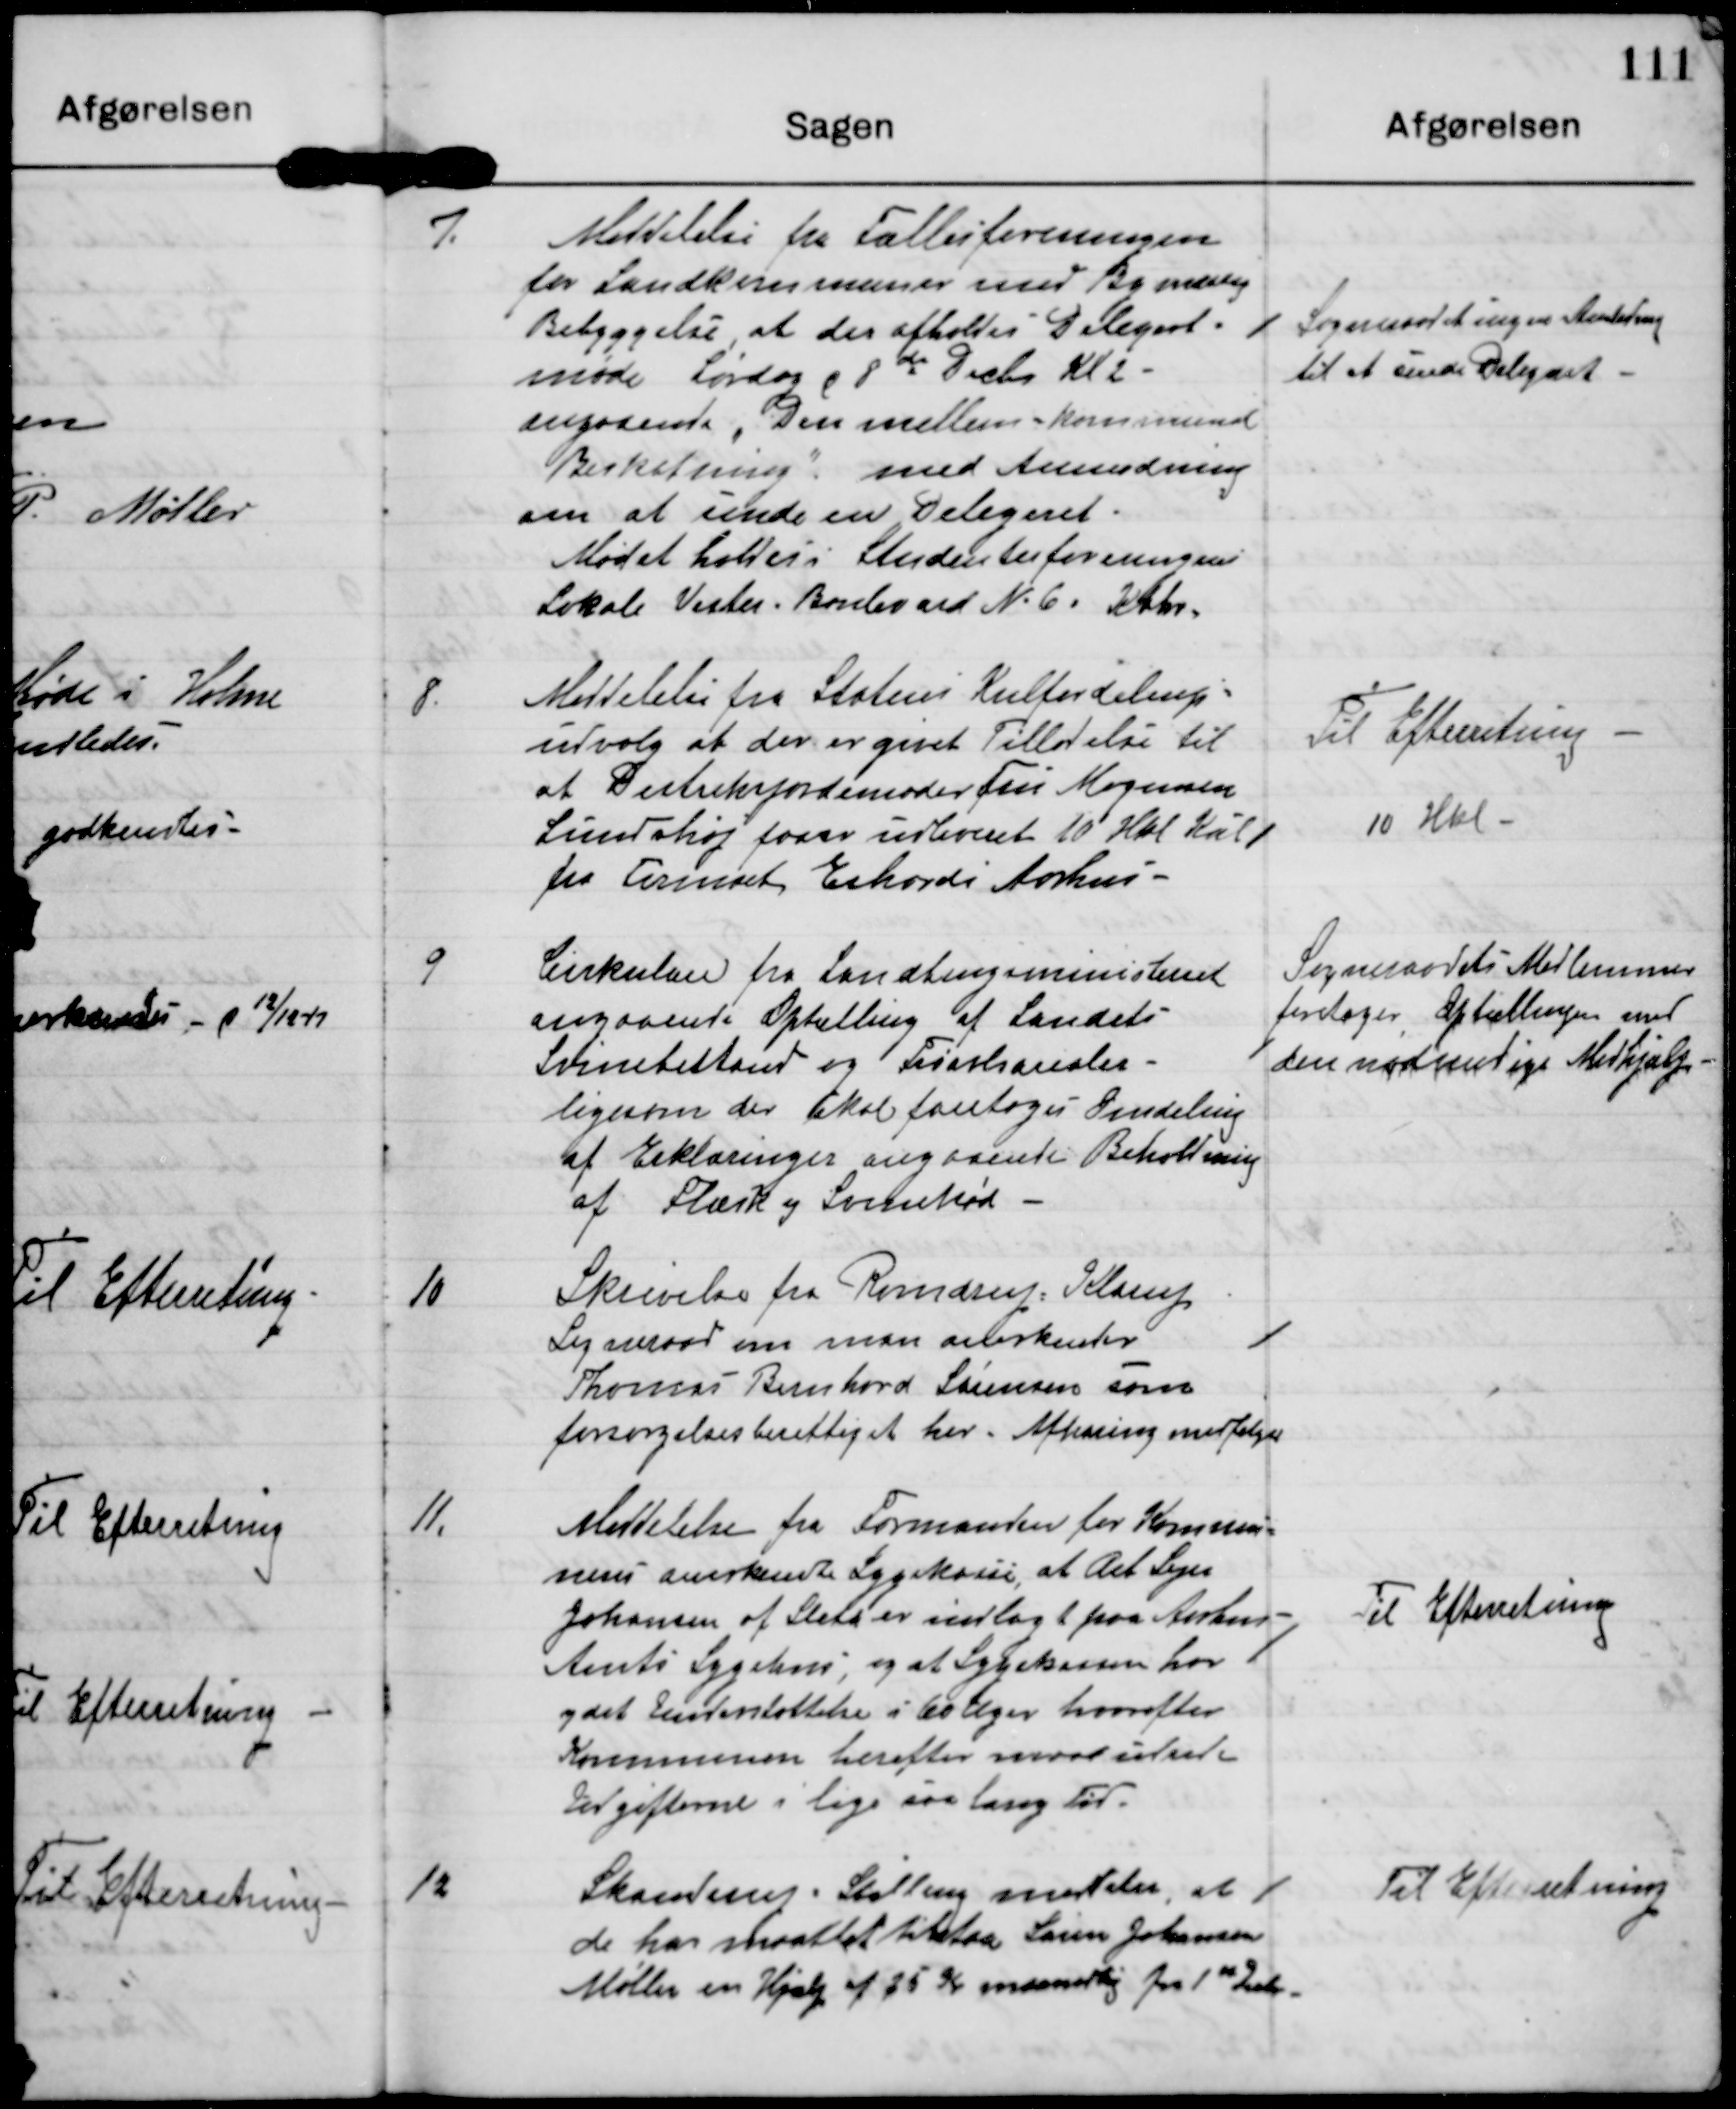
Transskription:
7.

Meddelelse fra Fællesforeningen
for Landkommuner med Bymæssig
Bebyggelse, at der afholdes Delegeret-
møde Lørdag d 8de Decbr Kl 2
angaaende Den mellem-kommunale
Beskatning med Anmodning
om at sende en Delegeret.
Mødet holdes i Studenterforeningens
Lokale Vestre Boulevard N.6 Kbhv.

Sogneraadet ingen Anledning
til at sende Delegeret

8.

Meddelelse fra Statens Kulfordelings-
udvalg at der er givet Tilladelse til
at Distriktsjordmoder Fru Mogensen
Lundshøj faar udleveret 10 Hkl Kul
fra Firmaet Eskordi Aarhus.

Til Efterretning
10 Hkl

9

Cirkulære fra Landbrugsministeriet
angaaende Optælling af Landets
Svinebestand og Friavlsarealer
ligesom der skal foretages Omdeling
af Erklæringer angaaende Beholdning
af Flæsk og Svinekød.

Sogneraadets Medlemmer
foretager Optællingen med
den nødvendige Medhjælp

10

Skrivelse fra Randrup Klarup
Sogneraad om man anerkender
Thomas Bernhard Sørensen som
forsørgelsesberettiget her. Afhøring medfølger

11.

Meddelelse fra Formanden for Kommu-
nens anerkendte Sygekasse, at Arb Sejer
Johansen af Sleth er indlagt paa Aarhus
Amts Sygekasse, og at Sygekassen har
ydet Understøttelse i 60 Uger hvorefter
Kommunen herefter maa udrede
Udgifterne i lige saa lang Tid.

Til Efterretning

12.

Skanderup-Stilling meddeler, at
de har maattet tilstaa Søren Johansen
Møller en Hjælp af 25 Kr maanedlig fra 1st Decbr

Til Efterretning